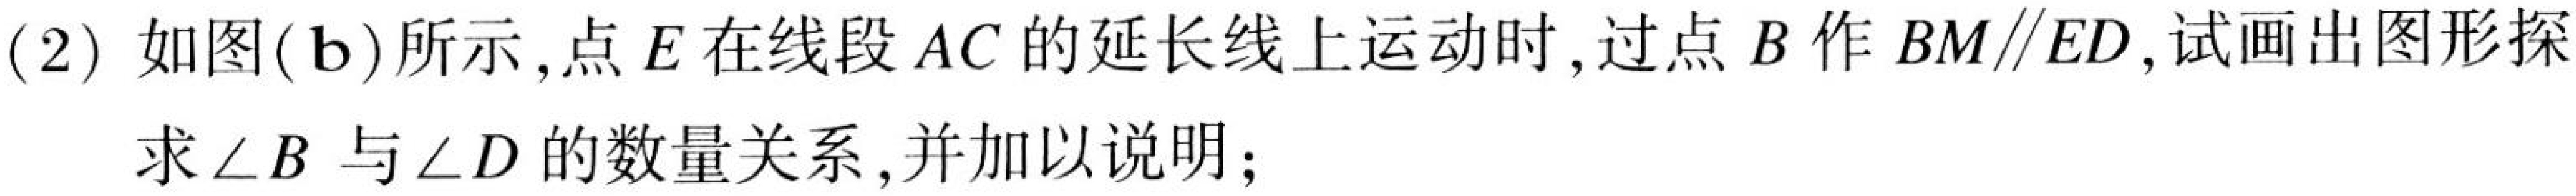
(2) 如图(\(b\))所示,点\(E\)在线段\(AC\)的延长线上运动时,过点\(B\)作\(BM\parallel ED\),试画出图形探
求\(\angle B\)与\(\angle D\)的数量关系,并加以说明;